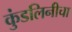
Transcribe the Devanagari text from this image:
कुंडलिनीचा